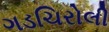
ગડચિરોલી